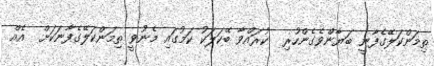
ތިމަންކަލޭގެފާނީ ބަޔާންވެގެންހުރި  ކުރައްވާ ބޭކަލަކު ކަމުގައި މެނުވީ ތިމަންކަލޭގެފާނަކަށް  އެއް